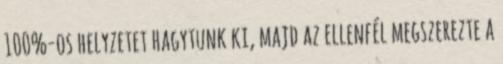
100%-os helyzetet hagytunk ki, majd az ellenfél megszerezte a